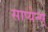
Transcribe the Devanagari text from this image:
साप्येन्स्